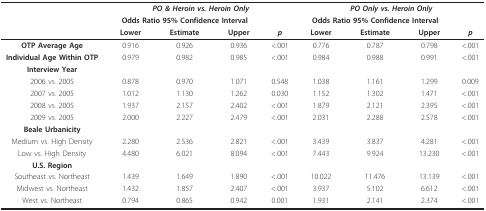
<table><thead><tr><td></td><td colspan="4"><b><i>PO &amp; Heroin vs. Heroin Only</i></b></td><td colspan="4"><b><i>PO Only vs. Heroin Only</i></b></td></tr><tr><td></td><td colspan="3"><b>Odds Ratio 95% Confidence Interval</b></td><td></td><td colspan="3"><b>Odds Ratio 95% Confidence Interval</b></td><td></td></tr><tr><td></td><td><b>Lower</b></td><td><b>Estimate</b></td><td><b>Upper</b></td><td><b><i>p</i></b></td><td><b>Lower</b></td><td><b>Estimate</b></td><td><b>Upper</b></td><td><b><i>p</i></b></td></tr></thead><tbody><tr><td><b>OTP Average Age</b></td><td>0.916</td><td>0.926</td><td>0.936</td><td>&lt;.001</td><td>0.776</td><td>0.787</td><td>0.798</td><td>&lt;.001</td></tr><tr><td><b>Individual Age Within OTP</b></td><td>0.979</td><td>0.982</td><td>0.985</td><td>&lt;.001</td><td>0.984</td><td>0.988</td><td>0.991</td><td>&lt;.001</td></tr><tr><td><b>Interview Year</b></td><td></td><td></td><td></td><td></td><td></td><td></td><td></td><td></td></tr><tr><td>2006 vs. 2005</td><td>0.878</td><td>0.970</td><td>1.071</td><td>0.548</td><td>1.038</td><td>1.161</td><td>1.299</td><td>0.009</td></tr><tr><td>2007 vs. 2005</td><td>1.012</td><td>1.130</td><td>1.262</td><td>0.030</td><td>1.152</td><td>1.302</td><td>1.471</td><td>&lt;.001</td></tr><tr><td>2008 vs. 2005</td><td>1.937</td><td>2.157</td><td>2.402</td><td>&lt;.001</td><td>1.879</td><td>2.121</td><td>2.395</td><td>&lt;.001</td></tr><tr><td>2009 vs. 2005</td><td>2.000</td><td>2.227</td><td>2.479</td><td>&lt;.001</td><td>2.031</td><td>2.288</td><td>2.578</td><td>&lt;.001</td></tr><tr><td><b>Beale Urbanicity</b></td><td></td><td></td><td></td><td></td><td></td><td></td><td></td><td></td></tr><tr><td>Medium vs. High Density</td><td>2.280</td><td>2.536</td><td>2.821</td><td>&lt;.001</td><td>3.439</td><td>3.837</td><td>4.281</td><td>&lt;.001</td></tr><tr><td>Low vs. High Density</td><td>4.480</td><td>6.021</td><td>8.094</td><td>&lt;.001</td><td>7.443</td><td>9.924</td><td>13.230</td><td>&lt;.001</td></tr><tr><td><b>U.S. Region</b></td><td></td><td></td><td></td><td></td><td></td><td></td><td></td><td></td></tr><tr><td>Southeast vs. Northeast</td><td>1.439</td><td>1.649</td><td>1.890</td><td>&lt;.001</td><td>10.022</td><td>11.476</td><td>13.139</td><td>&lt;.001</td></tr><tr><td>Midwest vs. Northeast</td><td>1.432</td><td>1.857</td><td>2.407</td><td>&lt;.001</td><td>3.937</td><td>5.102</td><td>6.612</td><td>&lt;.001</td></tr><tr><td>West vs. Northeast</td><td>0.794</td><td>0.865</td><td>0.942</td><td>0.001</td><td>1.931</td><td>2.141</td><td>2.374</td><td>&lt;.001</td></tr></tbody></table>